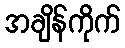
အချိန်ကိုက်